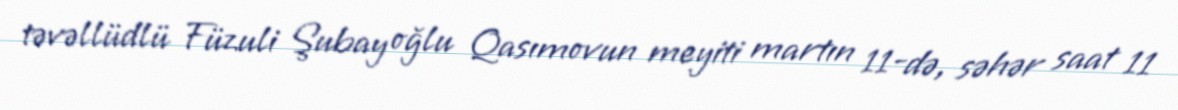
təvəllüdlü Füzuli Şubay oğlu Qasımovun meyiti martın 11-də, səhər saat 11